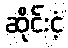
ဆိုင်းငံ့